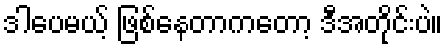
ဒါပေမယ့် ဖြစ်နေတာကတော့ ဒီအတိုင်းပဲ။